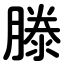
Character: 滕